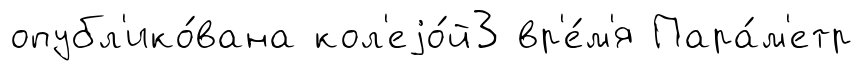
опубл'ико́вана кол'еjо́й3 вр'е́м'я Пара́м'етр